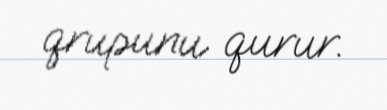
qrupunu qurur.